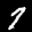
Label: 7